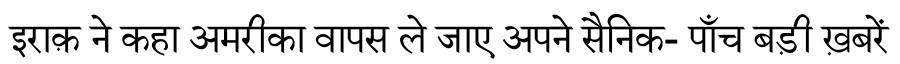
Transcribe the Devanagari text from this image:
इराक़ ने कहा अमरीका वापस ले जाए अपने सैनिक- पाँच बड़ी ख़बरें